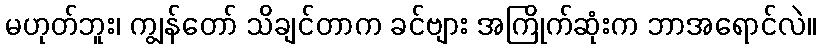
မဟုတ်ဘူး၊ ကျွန်တော် သိချင်တာက ခင်ဗျား အကြိုက်ဆုံးက ဘာအရောင်လဲ။